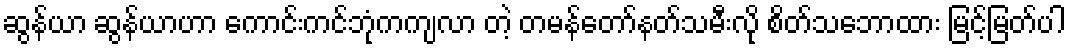
ဆွန်ယာ ဆွန်ယာဟာ ကောင်းကင်ဘုံကကျလာ တဲ့ တမန်တော်နတ်သမီးလို စိတ်သဘောထား မြင့်မြတ်ပါ